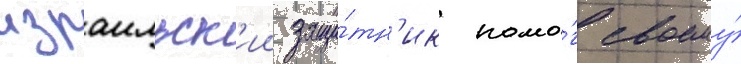
израильск'ии защи́тн'ик помо́г своему́